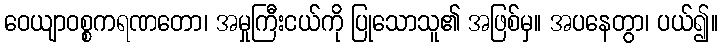
ဝေယျာဝစ္စကရဏတော၊ အမှုကြီးငယ်ကို ပြုသောသူ၏ အဖြစ်မှ။ အပနေတွာ၊ ပယ်၍။